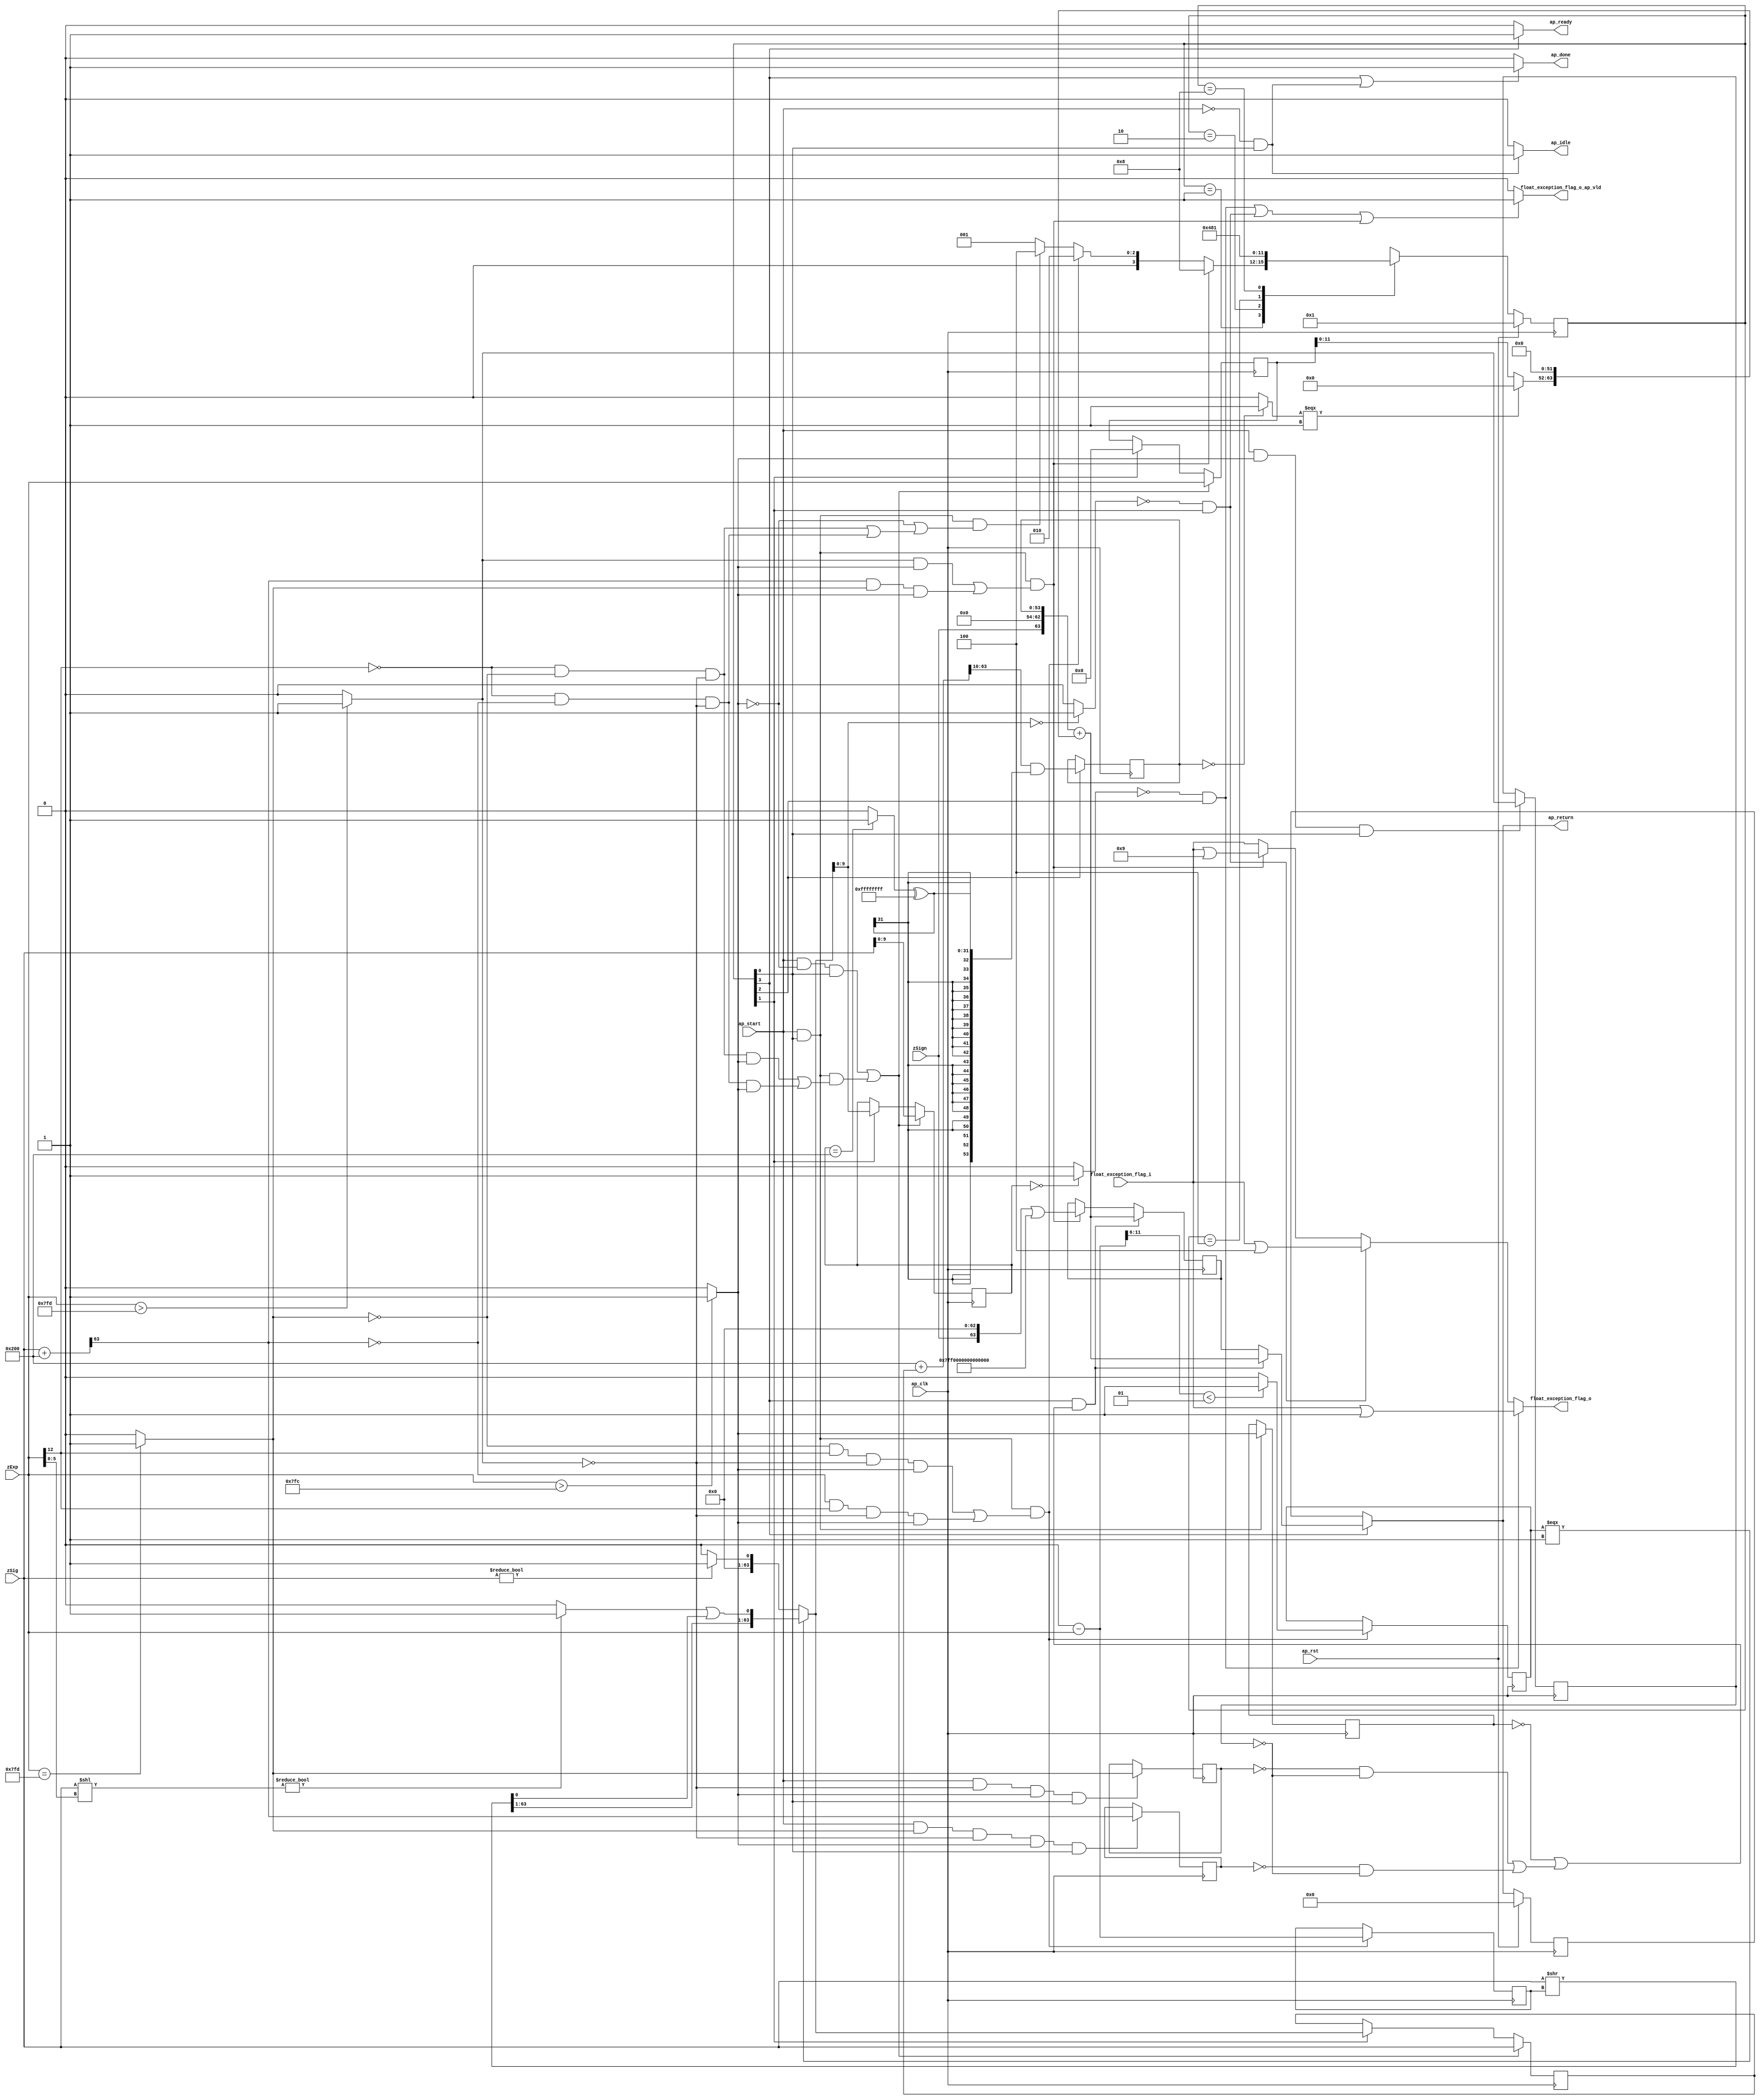
// ==============================================================
// RTL generated by Vivado(TM) HLS - High-Level Synthesis from C, C++ and SystemC
// Version: 2018.3
// Copyright (C) 1986-2018 Xilinx, Inc. All Rights Reserved.
// 
// ===========================================================

`timescale 1 ns / 1 ps 

module roundAndPackFloat64 (
        ap_clk,
        ap_rst,
        ap_start,
        ap_done,
        ap_idle,
        ap_ready,
        zSign,
        zExp,
        zSig,
        float_exception_flag_i,
        float_exception_flag_o,
        float_exception_flag_o_ap_vld,
        ap_return
);

parameter    ap_ST_fsm_state1 = 4'd1;
parameter    ap_ST_fsm_state2 = 4'd2;
parameter    ap_ST_fsm_state3 = 4'd4;
parameter    ap_ST_fsm_state4 = 4'd8;

input   ap_clk;
input   ap_rst;
input   ap_start;
output   ap_done;
output   ap_idle;
output   ap_ready;
input  [0:0] zSign;
input  [12:0] zExp;
input  [63:0] zSig;
input  [31:0] float_exception_flag_i;
output  [31:0] float_exception_flag_o;
output   float_exception_flag_o_ap_vld;
output  [63:0] ap_return;

reg ap_done;
reg ap_idle;
reg ap_ready;
reg[31:0] float_exception_flag_o;
reg float_exception_flag_o_ap_vld;
reg[63:0] ap_return;

(* fsm_encoding = "none" *) reg   [3:0] ap_CS_fsm;
wire    ap_CS_fsm_state1;
wire   [9:0] roundBits_fu_145_p1;
wire   [0:0] tmp_s_fu_149_p2;
reg   [0:0] tmp_s_reg_456;
wire   [0:0] tmp_1_fu_155_p2;
reg   [0:0] tmp_1_reg_460;
wire   [0:0] tmp_2_fu_161_p2;
reg   [0:0] tmp_2_reg_464;
wire   [0:0] tmp_fu_173_p3;
reg   [0:0] tmp_reg_468;
wire   [12:0] count_assign_fu_189_p2;
reg   [12:0] count_assign_reg_475;
wire   [0:0] tmp_6_fu_181_p3;
wire   [0:0] icmp_fu_205_p2;
reg   [0:0] icmp_reg_480;
wire   [63:0] tmp_34_i9_fu_231_p2;
wire   [63:0] z_2_fu_300_p3;
wire    ap_CS_fsm_state2;
wire   [9:0] roundBits_2_fu_307_p1;
wire   [53:0] zSig_assign_2_fu_383_p2;
reg   [53:0] zSig_assign_2_reg_506;
wire    ap_CS_fsm_state3;
reg   [63:0] zSig_assign1_reg_96;
reg   [12:0] zExp_assign_1_reg_107;
reg   [9:0] roundBits_1_reg_121;
reg   [63:0] ap_phi_mux_p_0_phi_fu_135_p4;
reg   [63:0] p_0_reg_132;
wire   [63:0] tmp_34_i8_fu_422_p2;
wire    ap_CS_fsm_state4;
wire   [0:0] tmp_3_fu_311_p2;
wire   [0:0] tmp_5_fu_329_p2;
wire   [31:0] float_exception_flag_2_fu_211_p2;
wire   [31:0] float_exception_flag_4_fu_317_p2;
wire   [31:0] tmp_8_fu_335_p2;
wire   [63:0] tmp_4_fu_167_p2;
wire   [5:0] tmp_7_fu_195_p4;
wire   [63:0] tmp_i_fu_223_p3;
wire   [63:0] tmp_6_i_fu_237_p1;
wire   [5:0] tmp_15_fu_245_p1;
wire   [63:0] tmp_i3_fu_248_p1;
wire   [63:0] tmp_1_i_fu_252_p2;
wire   [63:0] tmp_7_i_fu_240_p2;
wire   [0:0] tmp_16_fu_263_p1;
wire   [0:0] tmp_2_i_fu_257_p2;
wire   [62:0] tmp_11_i_fu_273_p4;
wire   [0:0] tmp_10_i_fu_267_p2;
wire   [0:0] tmp_4_i_fu_291_p2;
wire   [63:0] z_fu_283_p3;
wire   [63:0] z_1_fu_296_p1;
wire   [63:0] tmp_9_fu_347_p2;
wire   [0:0] tmp_10_fu_363_p2;
wire   [31:0] tmp_11_fu_369_p1;
wire   [31:0] tmp_12_fu_373_p2;
wire   [53:0] zSig_assign_1_cast_fu_353_p4;
wire  signed [53:0] tmp_17_cast_fu_379_p1;
wire   [0:0] tmp_13_fu_389_p2;
wire   [11:0] tmp_18_fu_394_p1;
wire   [11:0] tmp_14_fu_398_p3;
wire   [63:0] tmp_33_i_fu_414_p4;
wire   [63:0] tmp_32_i_fu_406_p3;
reg   [63:0] ap_return_preg;
reg   [3:0] ap_NS_fsm;

// power-on initialization
initial begin
#0 ap_CS_fsm = 4'd1;
#0 ap_return_preg = 64'd0;
end

always @ (posedge ap_clk) begin
    if (ap_rst == 1'b1) begin
        ap_CS_fsm <= ap_ST_fsm_state1;
    end else begin
        ap_CS_fsm <= ap_NS_fsm;
    end
end

always @ (posedge ap_clk) begin
    if (ap_rst == 1'b1) begin
        ap_return_preg <= 64'd0;
    end else begin
        if ((1'b1 == ap_CS_fsm_state4)) begin
            ap_return_preg <= ap_phi_mux_p_0_phi_fu_135_p4;
        end
    end
end

always @ (posedge ap_clk) begin
    if (((1'b1 == ap_CS_fsm_state4) & ((tmp_s_reg_456 == 1'd0) | (((tmp_2_reg_464 == 1'd0) & (tmp_1_reg_460 == 1'd0)) | ((tmp_reg_468 == 1'd0) & (tmp_1_reg_460 == 1'd0)))))) begin
        p_0_reg_132 <= tmp_34_i8_fu_422_p2;
    end else if (((ap_start == 1'b1) & (1'b1 == ap_CS_fsm_state1) & (((tmp_1_fu_155_p2 == 1'd1) & (tmp_s_fu_149_p2 == 1'd1)) | ((tmp_fu_173_p3 == 1'd1) & (tmp_2_fu_161_p2 == 1'd1) & (tmp_s_fu_149_p2 == 1'd1))))) begin
        p_0_reg_132 <= tmp_34_i9_fu_231_p2;
    end
end

always @ (posedge ap_clk) begin
    if ((((ap_start == 1'b1) & (tmp_s_fu_149_p2 == 1'd0) & (1'b1 == ap_CS_fsm_state1)) | ((ap_start == 1'b1) & (1'b1 == ap_CS_fsm_state1) & (((tmp_6_fu_181_p3 == 1'd0) & (tmp_2_fu_161_p2 == 1'd0) & (tmp_1_fu_155_p2 == 1'd0) & (tmp_s_fu_149_p2 == 1'd1)) | ((tmp_6_fu_181_p3 == 1'd0) & (tmp_fu_173_p3 == 1'd0) & (tmp_1_fu_155_p2 == 1'd0) & (tmp_s_fu_149_p2 == 1'd1)))))) begin
        roundBits_1_reg_121 <= roundBits_fu_145_p1;
    end else if ((1'b1 == ap_CS_fsm_state2)) begin
        roundBits_1_reg_121 <= roundBits_2_fu_307_p1;
    end
end

always @ (posedge ap_clk) begin
    if ((((ap_start == 1'b1) & (tmp_s_fu_149_p2 == 1'd0) & (1'b1 == ap_CS_fsm_state1)) | ((ap_start == 1'b1) & (1'b1 == ap_CS_fsm_state1) & (((tmp_6_fu_181_p3 == 1'd0) & (tmp_2_fu_161_p2 == 1'd0) & (tmp_1_fu_155_p2 == 1'd0) & (tmp_s_fu_149_p2 == 1'd1)) | ((tmp_6_fu_181_p3 == 1'd0) & (tmp_fu_173_p3 == 1'd0) & (tmp_1_fu_155_p2 == 1'd0) & (tmp_s_fu_149_p2 == 1'd1)))))) begin
        zExp_assign_1_reg_107 <= zExp;
    end else if ((1'b1 == ap_CS_fsm_state2)) begin
        zExp_assign_1_reg_107 <= 13'd0;
    end
end

always @ (posedge ap_clk) begin
    if ((((ap_start == 1'b1) & (tmp_s_fu_149_p2 == 1'd0) & (1'b1 == ap_CS_fsm_state1)) | ((ap_start == 1'b1) & (1'b1 == ap_CS_fsm_state1) & (((tmp_6_fu_181_p3 == 1'd0) & (tmp_2_fu_161_p2 == 1'd0) & (tmp_1_fu_155_p2 == 1'd0) & (tmp_s_fu_149_p2 == 1'd1)) | ((tmp_6_fu_181_p3 == 1'd0) & (tmp_fu_173_p3 == 1'd0) & (tmp_1_fu_155_p2 == 1'd0) & (tmp_s_fu_149_p2 == 1'd1)))))) begin
        zSig_assign1_reg_96 <= zSig;
    end else if ((1'b1 == ap_CS_fsm_state2)) begin
        zSig_assign1_reg_96 <= z_2_fu_300_p3;
    end
end

always @ (posedge ap_clk) begin
    if (((ap_start == 1'b1) & (1'b1 == ap_CS_fsm_state1) & (((tmp_2_fu_161_p2 == 1'd0) & (tmp_6_fu_181_p3 == 1'd1) & (tmp_1_fu_155_p2 == 1'd0) & (tmp_s_fu_149_p2 == 1'd1)) | ((tmp_fu_173_p3 == 1'd0) & (tmp_6_fu_181_p3 == 1'd1) & (tmp_1_fu_155_p2 == 1'd0) & (tmp_s_fu_149_p2 == 1'd1))))) begin
        count_assign_reg_475 <= count_assign_fu_189_p2;
        icmp_reg_480 <= icmp_fu_205_p2;
    end
end

always @ (posedge ap_clk) begin
    if (((ap_start == 1'b1) & (tmp_s_fu_149_p2 == 1'd1) & (1'b1 == ap_CS_fsm_state1))) begin
        tmp_1_reg_460 <= tmp_1_fu_155_p2;
    end
end

always @ (posedge ap_clk) begin
    if (((ap_start == 1'b1) & (tmp_1_fu_155_p2 == 1'd0) & (tmp_s_fu_149_p2 == 1'd1) & (1'b1 == ap_CS_fsm_state1))) begin
        tmp_2_reg_464 <= tmp_2_fu_161_p2;
    end
end

always @ (posedge ap_clk) begin
    if (((ap_start == 1'b1) & (tmp_2_fu_161_p2 == 1'd1) & (tmp_1_fu_155_p2 == 1'd0) & (tmp_s_fu_149_p2 == 1'd1) & (1'b1 == ap_CS_fsm_state1))) begin
        tmp_reg_468 <= tmp_4_fu_167_p2[32'd63];
    end
end

always @ (posedge ap_clk) begin
    if (((ap_start == 1'b1) & (1'b1 == ap_CS_fsm_state1))) begin
        tmp_s_reg_456 <= tmp_s_fu_149_p2;
    end
end

always @ (posedge ap_clk) begin
    if ((1'b1 == ap_CS_fsm_state3)) begin
        zSig_assign_2_reg_506 <= zSig_assign_2_fu_383_p2;
    end
end

always @ (*) begin
    if (((1'b1 == ap_CS_fsm_state4) | ((ap_start == 1'b0) & (1'b1 == ap_CS_fsm_state1)))) begin
        ap_done = 1'b1;
    end else begin
        ap_done = 1'b0;
    end
end

always @ (*) begin
    if (((ap_start == 1'b0) & (1'b1 == ap_CS_fsm_state1))) begin
        ap_idle = 1'b1;
    end else begin
        ap_idle = 1'b0;
    end
end

always @ (*) begin
    if (((1'b1 == ap_CS_fsm_state4) & ((tmp_s_reg_456 == 1'd0) | (((tmp_2_reg_464 == 1'd0) & (tmp_1_reg_460 == 1'd0)) | ((tmp_reg_468 == 1'd0) & (tmp_1_reg_460 == 1'd0)))))) begin
        ap_phi_mux_p_0_phi_fu_135_p4 = tmp_34_i8_fu_422_p2;
    end else begin
        ap_phi_mux_p_0_phi_fu_135_p4 = p_0_reg_132;
    end
end

always @ (*) begin
    if ((1'b1 == ap_CS_fsm_state4)) begin
        ap_ready = 1'b1;
    end else begin
        ap_ready = 1'b0;
    end
end

always @ (*) begin
    if ((1'b1 == ap_CS_fsm_state4)) begin
        ap_return = ap_phi_mux_p_0_phi_fu_135_p4;
    end else begin
        ap_return = ap_return_preg;
    end
end

always @ (*) begin
    if (((tmp_5_fu_329_p2 == 1'd0) & (1'b1 == ap_CS_fsm_state3))) begin
        float_exception_flag_o = tmp_8_fu_335_p2;
    end else if (((tmp_3_fu_311_p2 == 1'd0) & (1'b1 == ap_CS_fsm_state2))) begin
        float_exception_flag_o = float_exception_flag_4_fu_317_p2;
    end else if (((ap_start == 1'b1) & (1'b1 == ap_CS_fsm_state1) & (((tmp_1_fu_155_p2 == 1'd1) & (tmp_s_fu_149_p2 == 1'd1)) | ((tmp_fu_173_p3 == 1'd1) & (tmp_2_fu_161_p2 == 1'd1) & (tmp_s_fu_149_p2 == 1'd1))))) begin
        float_exception_flag_o = float_exception_flag_2_fu_211_p2;
    end else begin
        float_exception_flag_o = float_exception_flag_i;
    end
end

always @ (*) begin
    if ((((tmp_5_fu_329_p2 == 1'd0) & (1'b1 == ap_CS_fsm_state3)) | ((tmp_3_fu_311_p2 == 1'd0) & (1'b1 == ap_CS_fsm_state2)) | ((ap_start == 1'b1) & (1'b1 == ap_CS_fsm_state1) & (((tmp_1_fu_155_p2 == 1'd1) & (tmp_s_fu_149_p2 == 1'd1)) | ((tmp_fu_173_p3 == 1'd1) & (tmp_2_fu_161_p2 == 1'd1) & (tmp_s_fu_149_p2 == 1'd1)))))) begin
        float_exception_flag_o_ap_vld = 1'b1;
    end else begin
        float_exception_flag_o_ap_vld = 1'b0;
    end
end

always @ (*) begin
    case (ap_CS_fsm)
        ap_ST_fsm_state1 : begin
            if (((ap_start == 1'b1) & (1'b1 == ap_CS_fsm_state1) & (((tmp_1_fu_155_p2 == 1'd1) & (tmp_s_fu_149_p2 == 1'd1)) | ((tmp_fu_173_p3 == 1'd1) & (tmp_2_fu_161_p2 == 1'd1) & (tmp_s_fu_149_p2 == 1'd1))))) begin
                ap_NS_fsm = ap_ST_fsm_state4;
            end else if (((ap_start == 1'b1) & (1'b1 == ap_CS_fsm_state1) & (((tmp_2_fu_161_p2 == 1'd0) & (tmp_6_fu_181_p3 == 1'd1) & (tmp_1_fu_155_p2 == 1'd0) & (tmp_s_fu_149_p2 == 1'd1)) | ((tmp_fu_173_p3 == 1'd0) & (tmp_6_fu_181_p3 == 1'd1) & (tmp_1_fu_155_p2 == 1'd0) & (tmp_s_fu_149_p2 == 1'd1))))) begin
                ap_NS_fsm = ap_ST_fsm_state2;
            end else if (((ap_start == 1'b1) & (1'b1 == ap_CS_fsm_state1) & ((tmp_s_fu_149_p2 == 1'd0) | (((tmp_6_fu_181_p3 == 1'd0) & (tmp_2_fu_161_p2 == 1'd0) & (tmp_1_fu_155_p2 == 1'd0)) | ((tmp_6_fu_181_p3 == 1'd0) & (tmp_fu_173_p3 == 1'd0) & (tmp_1_fu_155_p2 == 1'd0)))))) begin
                ap_NS_fsm = ap_ST_fsm_state3;
            end else begin
                ap_NS_fsm = ap_ST_fsm_state1;
            end
        end
        ap_ST_fsm_state2 : begin
            ap_NS_fsm = ap_ST_fsm_state3;
        end
        ap_ST_fsm_state3 : begin
            ap_NS_fsm = ap_ST_fsm_state4;
        end
        ap_ST_fsm_state4 : begin
            ap_NS_fsm = ap_ST_fsm_state1;
        end
        default : begin
            ap_NS_fsm = 'bx;
        end
    endcase
end

assign ap_CS_fsm_state1 = ap_CS_fsm[32'd0];

assign ap_CS_fsm_state2 = ap_CS_fsm[32'd1];

assign ap_CS_fsm_state3 = ap_CS_fsm[32'd2];

assign ap_CS_fsm_state4 = ap_CS_fsm[32'd3];

assign count_assign_fu_189_p2 = (13'd0 - zExp);

assign float_exception_flag_2_fu_211_p2 = (float_exception_flag_i | 32'd9);

assign float_exception_flag_4_fu_317_p2 = (float_exception_flag_i | 32'd4);

assign icmp_fu_205_p2 = (($signed(tmp_7_fu_195_p4) < $signed(6'd1)) ? 1'b1 : 1'b0);

assign roundBits_2_fu_307_p1 = z_2_fu_300_p3[9:0];

assign roundBits_fu_145_p1 = zSig[9:0];

assign tmp_10_fu_363_p2 = ((roundBits_1_reg_121 == 10'd512) ? 1'b1 : 1'b0);

assign tmp_10_i_fu_267_p2 = (tmp_2_i_fu_257_p2 | tmp_16_fu_263_p1);

assign tmp_11_fu_369_p1 = tmp_10_fu_363_p2;

assign tmp_11_i_fu_273_p4 = {{tmp_7_i_fu_240_p2[63:1]}};

assign tmp_12_fu_373_p2 = (tmp_11_fu_369_p1 ^ 32'd4294967295);

assign tmp_13_fu_389_p2 = ((zSig_assign_2_reg_506 == 54'd0) ? 1'b1 : 1'b0);

assign tmp_14_fu_398_p3 = ((tmp_13_fu_389_p2[0:0] === 1'b1) ? 12'd0 : tmp_18_fu_394_p1);

assign tmp_15_fu_245_p1 = zExp[5:0];

assign tmp_16_fu_263_p1 = tmp_7_i_fu_240_p2[0:0];

assign tmp_17_cast_fu_379_p1 = $signed(tmp_12_fu_373_p2);

assign tmp_18_fu_394_p1 = zExp_assign_1_reg_107[11:0];

assign tmp_1_fu_155_p2 = (($signed(zExp) > $signed(13'd2045)) ? 1'b1 : 1'b0);

assign tmp_1_i_fu_252_p2 = zSig << tmp_i3_fu_248_p1;

assign tmp_2_fu_161_p2 = ((zExp == 13'd2045) ? 1'b1 : 1'b0);

assign tmp_2_i_fu_257_p2 = ((tmp_1_i_fu_252_p2 != 64'd0) ? 1'b1 : 1'b0);

assign tmp_32_i_fu_406_p3 = {{tmp_14_fu_398_p3}, {52'd0}};

assign tmp_33_i_fu_414_p4 = {{{zSign}, {9'd0}}, {zSig_assign_2_reg_506}};

assign tmp_34_i8_fu_422_p2 = (tmp_33_i_fu_414_p4 + tmp_32_i_fu_406_p3);

assign tmp_34_i9_fu_231_p2 = (tmp_i_fu_223_p3 | 64'd9218868437227405312);

assign tmp_3_fu_311_p2 = ((roundBits_2_fu_307_p1 == 10'd0) ? 1'b1 : 1'b0);

assign tmp_4_fu_167_p2 = (zSig + 64'd512);

assign tmp_4_i_fu_291_p2 = ((zSig != 64'd0) ? 1'b1 : 1'b0);

assign tmp_5_fu_329_p2 = ((roundBits_1_reg_121 == 10'd0) ? 1'b1 : 1'b0);

assign tmp_6_fu_181_p3 = zExp[32'd12];

assign tmp_6_i_fu_237_p1 = count_assign_reg_475;

assign tmp_7_fu_195_p4 = {{count_assign_fu_189_p2[11:6]}};

assign tmp_7_i_fu_240_p2 = zSig >> tmp_6_i_fu_237_p1;

assign tmp_8_fu_335_p2 = (float_exception_flag_i | 32'd1);

assign tmp_9_fu_347_p2 = (64'd512 + zSig_assign1_reg_96);

assign tmp_fu_173_p3 = tmp_4_fu_167_p2[32'd63];

assign tmp_i3_fu_248_p1 = tmp_15_fu_245_p1;

assign tmp_i_fu_223_p3 = {{zSign}, {63'd0}};

assign tmp_s_fu_149_p2 = ((zExp > 13'd2044) ? 1'b1 : 1'b0);

assign zSig_assign_1_cast_fu_353_p4 = {{tmp_9_fu_347_p2[63:10]}};

assign zSig_assign_2_fu_383_p2 = (zSig_assign_1_cast_fu_353_p4 & tmp_17_cast_fu_379_p1);

assign z_1_fu_296_p1 = tmp_4_i_fu_291_p2;

assign z_2_fu_300_p3 = ((icmp_reg_480[0:0] === 1'b1) ? z_fu_283_p3 : z_1_fu_296_p1);

assign z_fu_283_p3 = {{tmp_11_i_fu_273_p4}, {tmp_10_i_fu_267_p2}};

endmodule //roundAndPackFloat64